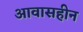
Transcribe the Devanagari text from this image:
आवासहीन